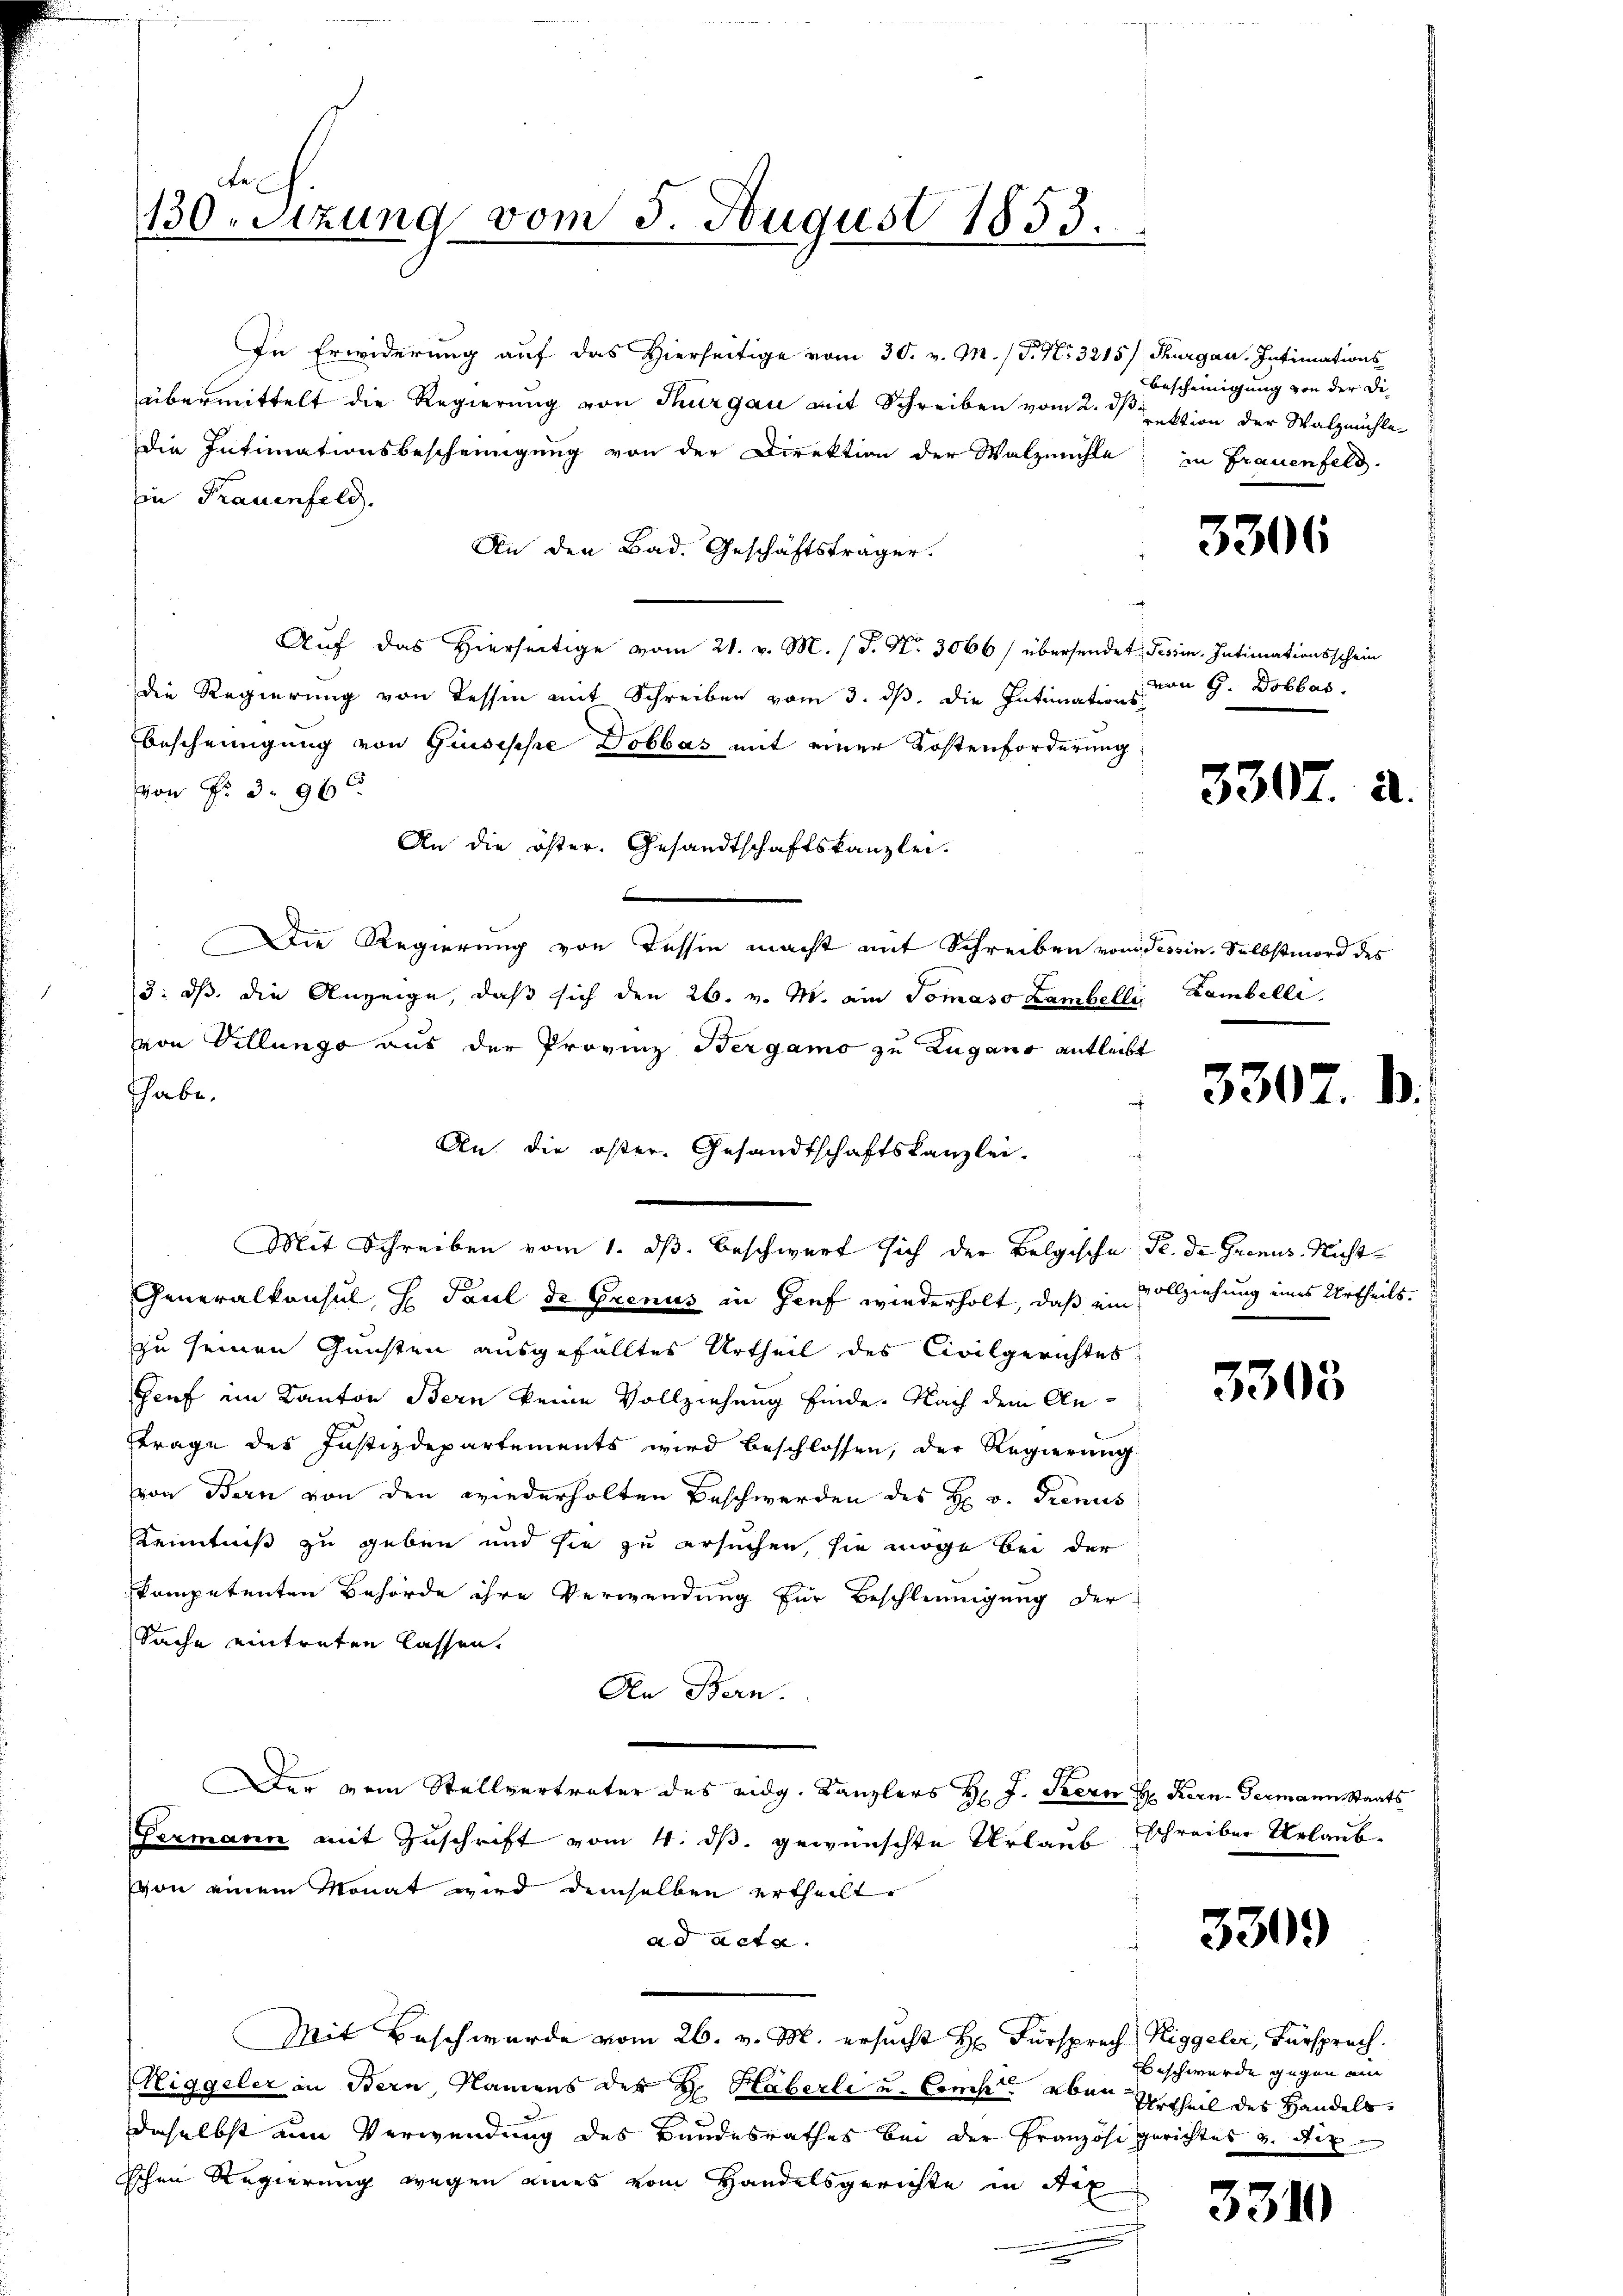
e
130. Sitzung vom 5. August 1853.

In Erwiderung auf das Hierseitige vom 30. v. M. / P. Nr. 3215/ Thurgau. Intimations
übermittelt die Regierung von Thurgau mit Schreiben vom 2. dβ.
Die Intimationsbescheinigung von der Direktion der Walzmühle in Frauenfeld.
in Frauenfeld.
An den Bad. Geschäftsträger.
Auf das Hierseitige vom 21. v. M. (S. Nr. 3066/ übersendet Tessin. Intimationsschein
die Regierung von Tessin mit Schreiben vom 3. ds. die Intimations-
bescheinigung von Giuseppe Dobbas mit einer Kostenforderung
von Nr. 39 x
An die öster. Gesandtschaftskanzlei.
b
 Die Regierung von Tessin macht mit Schreiben von Tessin. Selbstmord des
3: dß die Anzeige, daß sich den 26. v. M. ein Tomaso Lambelli Lambelli
von Villunge aus der Provinz Bergamo zu Zugano entleibt
Thabe.
An. die öster. Gesandtschaftskanzlei-
Mit Schreiben vom 1. ds. beschwert sich der Belgische F. de Gegens-Richt¬
Generalkonsul, H. Paul de Grenus in Genf wiederholt, daß ein Vollziehung ins Urtheils.
zu seinen Gunsten ausgefälltes Urtheil des Civilgerichtes
Genf im Kanton Bern keine Vollziehung finde. Nach dem Anftrage des Justizdepartements wird beschlossen, der Regierung
von Bern von den wiederholten Beschwerden des H. v. Trenus
Kenntniß zu geben und sie zu ersuchen, sie möge bei der
kompetenten Behörde ihre Verwendung für Beschleunigung der
Sache eintreten lassen.
An Bern.
E
er vom Stellvertreter des eidg. Kanzlers H. J. Stern H. Kern- Germann, Staats
Permann mit Zuschrift vom 4. ds. gewünschte Urlaub schreiber Urlaubvon einem Monat wird demselben ertheilt,
ad acta.
Mit Beschwürde vom 26. v. M. ersucht Hr. Fürsprech Riggeler, Fürsprach
Miggeler in Bern, Namens der Dr. Häberli u. Comp. aber Urtheil des Handelsdaselbst ein Verwendung des Bundesrathes bei der Französi gerichtes u. dix-
schen Regierung wegen eines vom Handelsgerichte in Aix

Bescheinigung von der Di
rektion der Walzmühle

3306

von G. Dobbar.

3307.

3307

3303

5309

3310

22.

Beschwerde gegen ein